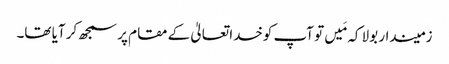
زمیندار بولا کہ مَیں تو آپ کوخدا تعالیٰ کے مقام پر سمجھ کر آیا تھا۔